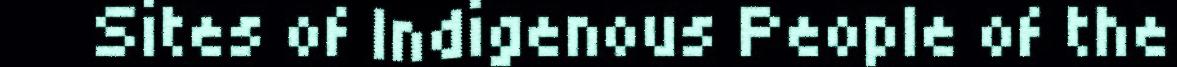
Sites of Indigenous People of the